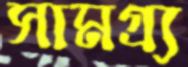
সামগ্র্য